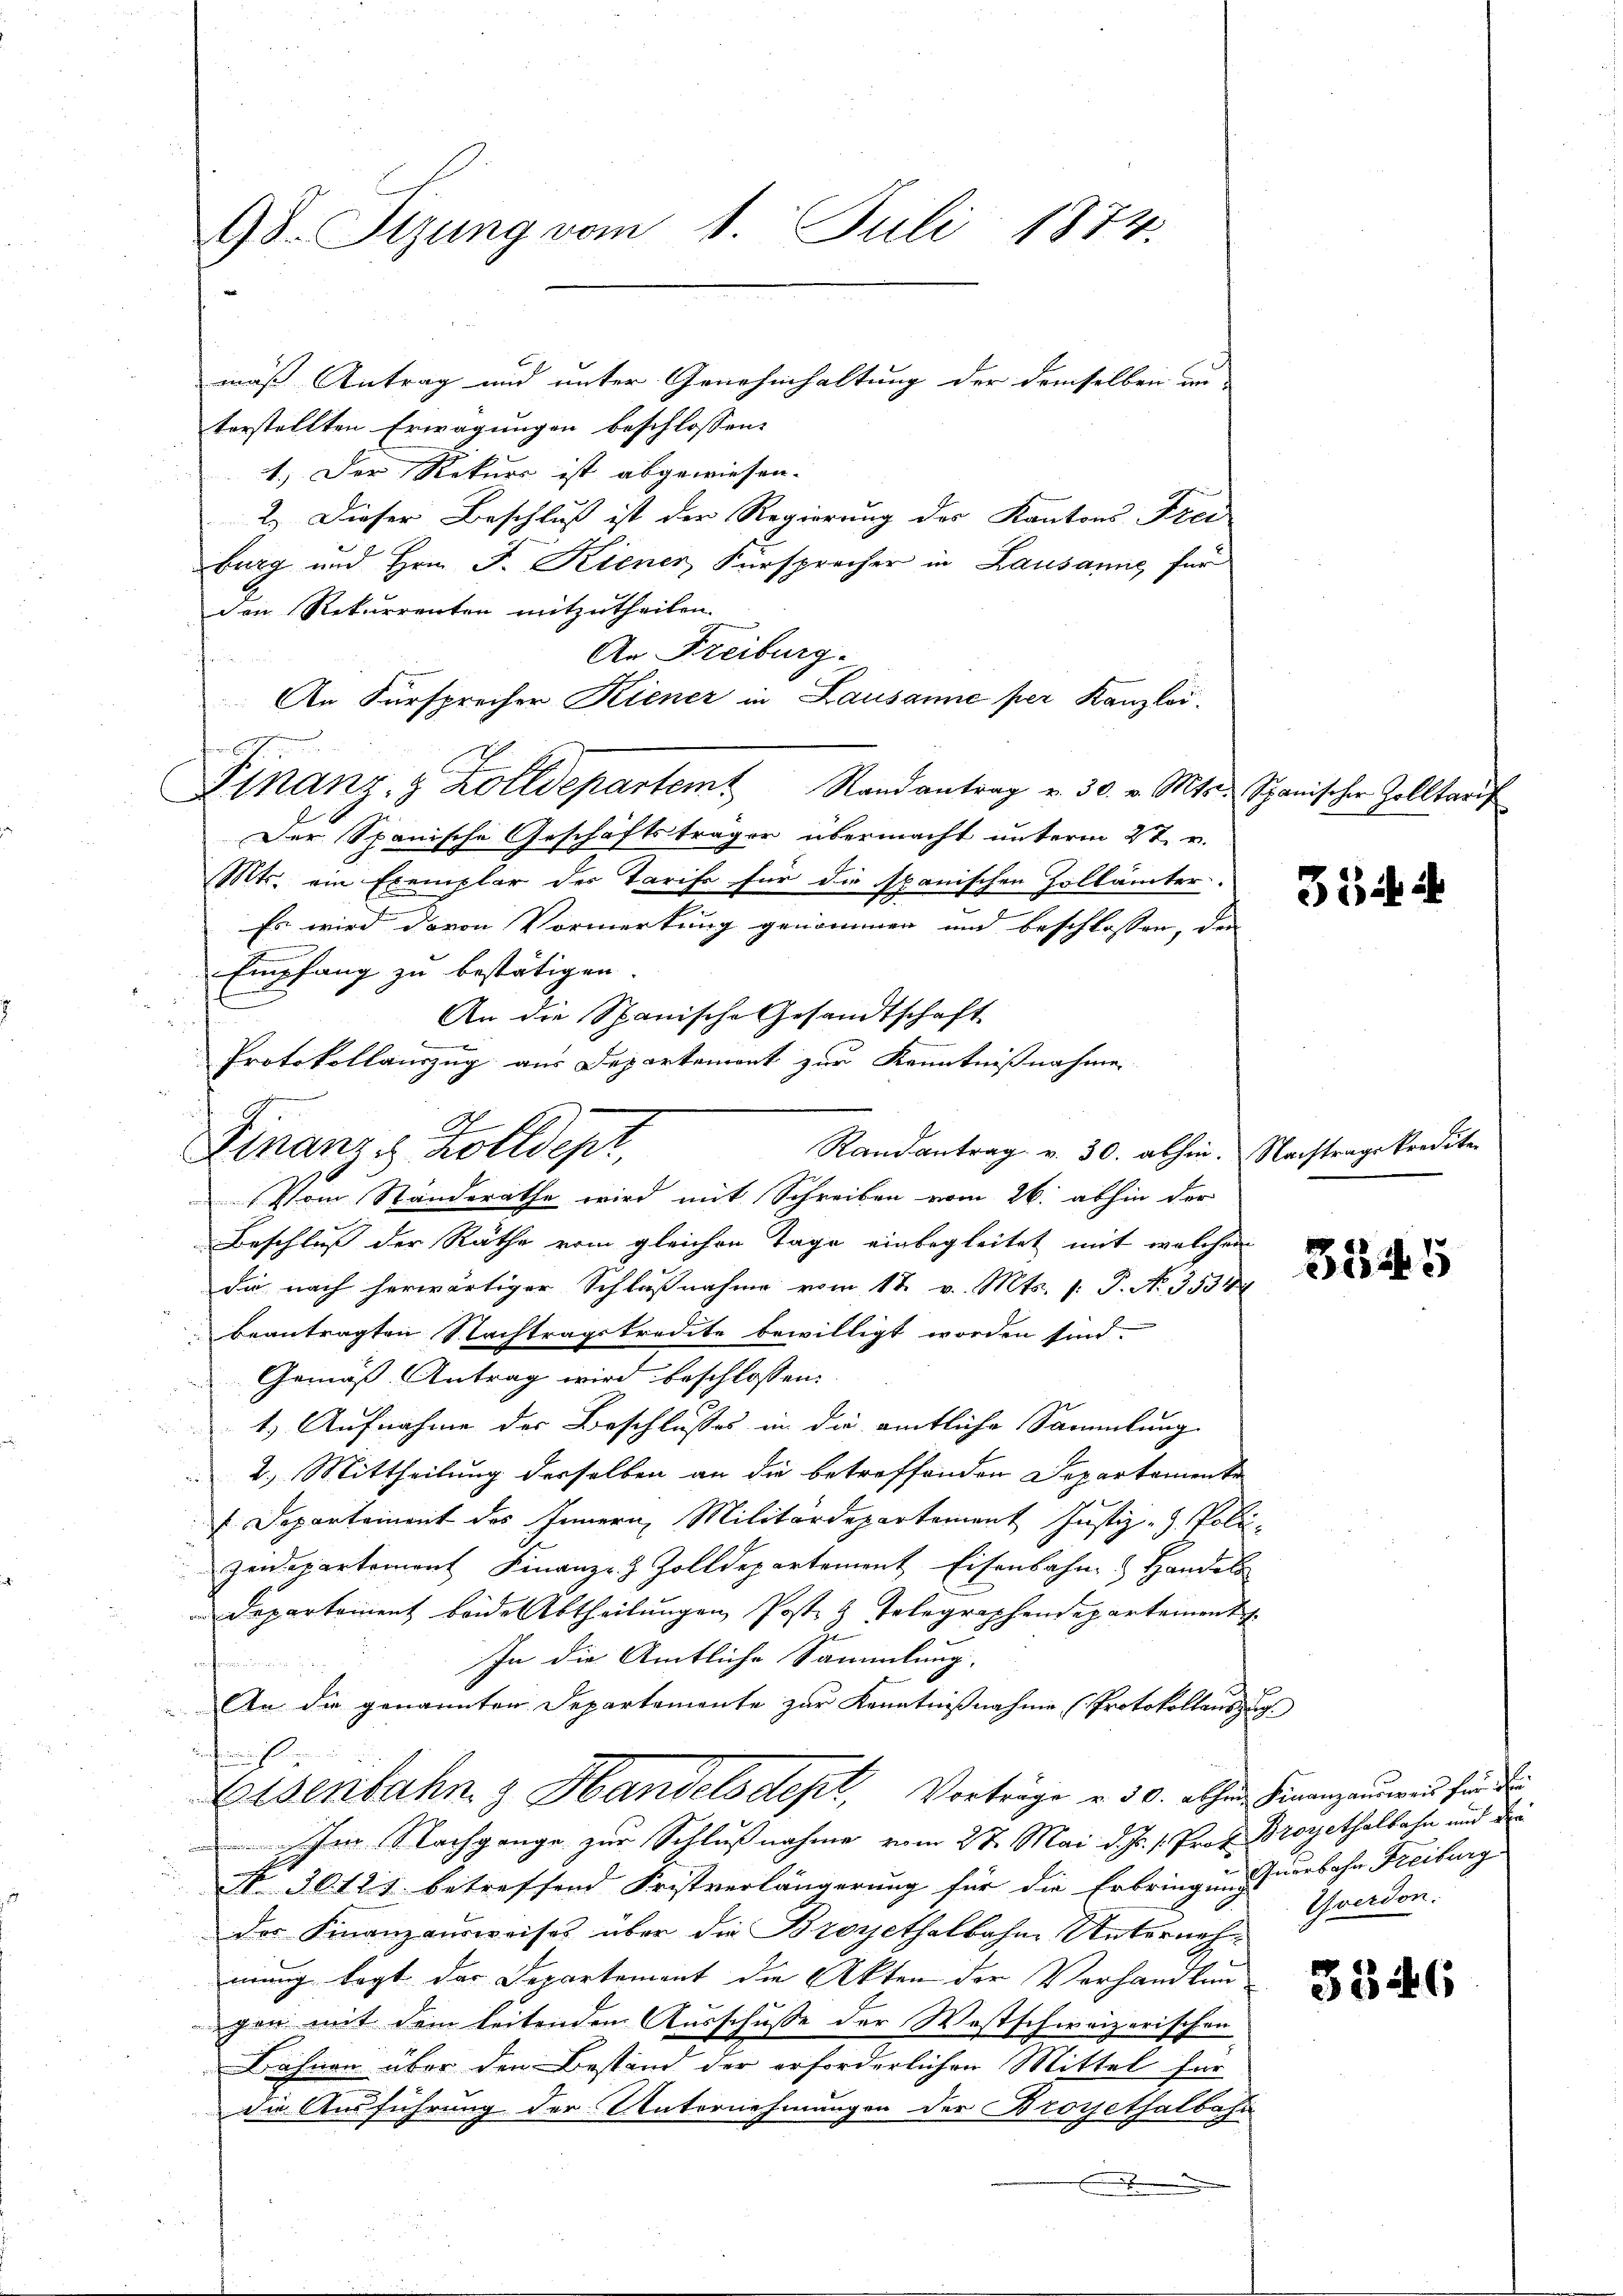
98. Sizung vom 1. Juli 1874.

mäß Antrag und unter Genehmhaltung der demselben un
terstellten Erwägungen beschlossen:
1.) Der Rekurs ist abgewiesen.
2.) Dieser Beschluß ist der Regierung des Kantons Frei
burg und Hrn. F. Kiener Fürsprecher in Lausanne, für
den Rekurrenten mitzutheilen.
An Freiburg.
An Fürsprecher Kiener in Lausanne per Kanzlei.
Finanz- & Zolldepartem Randantrag v. 30. v. Mts. Spanischer Zolltrauf
Der Spanische Geschäftsträger übermacht unterm 27. v.
Mts. ein Exemplar des Tarife für die spanischen Zollämter.
Es wird davon Vormerkung genommen und beschlossen, den
Empfang zu bestätigen.
An die Spanische Gesandtschaft
Protokollauszug aus Departement zur Kenntnißnahme
Randantrag v. 30. abhin. Nachtragskredite
Finanze Zolldept,
Vom Standerathe wird mit Schreiben vom 26. abhin der
Beschluß der Räthe vom gleichen Tage einbegleitet mit welchen
die nach herwärtiger Schlußnahme vom 17. v. Mts. 1. P. No. 3534
beantragten Nachtragskredite bewilligt worden sind.
Gemäß Antrag wird beschlossen:
1.) Aufnahme der Beschlusses in die amtliche Sammlung
2.) Mittheilung derselben an die betreffenden Departemente
 Departement des Innern, Militärdepartement Justiz- & Poli-
zeidepartement Finanz-Z Zolldepartement Eisenbahn & Handels
Departement beide Abtheilungen Post z. Telegraphendepartement
In die Amtliche Sammlung,
vortraumein
An die genannten Departemente zur Kenntnißnahme (Protokollauszug.
Eisenbahn & Handelsdept, Vorträge v. 30. alten Finanzemains für di
Jm Nachgange zur Schlußnahme vom 27. Mai d. Js. 1. Prof. Broyethalbahn und die
N 36121 betreffend Fristverlängerung für die Erbringung erbahn Freiburg
des Finanzausweises über die Broyethalbahne Unternachmung tagt das Departement die Akten der Verhandlun
egen mit dem leitenden Ausschusse der Westschweizerischen
Bähnen über den Bestand der erforderlichen Mittel für
die Ausführung der Unternehmungen der Broysethalbahn

6

G

354 i

3345

Yverdon.

3546